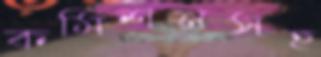
কমিশনসহ